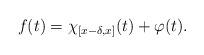
LaTeX: \begin{align*}f(t)=\chi_{[x-\delta,x]}(t)+\varphi(t).\end{align*}